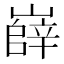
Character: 嶭